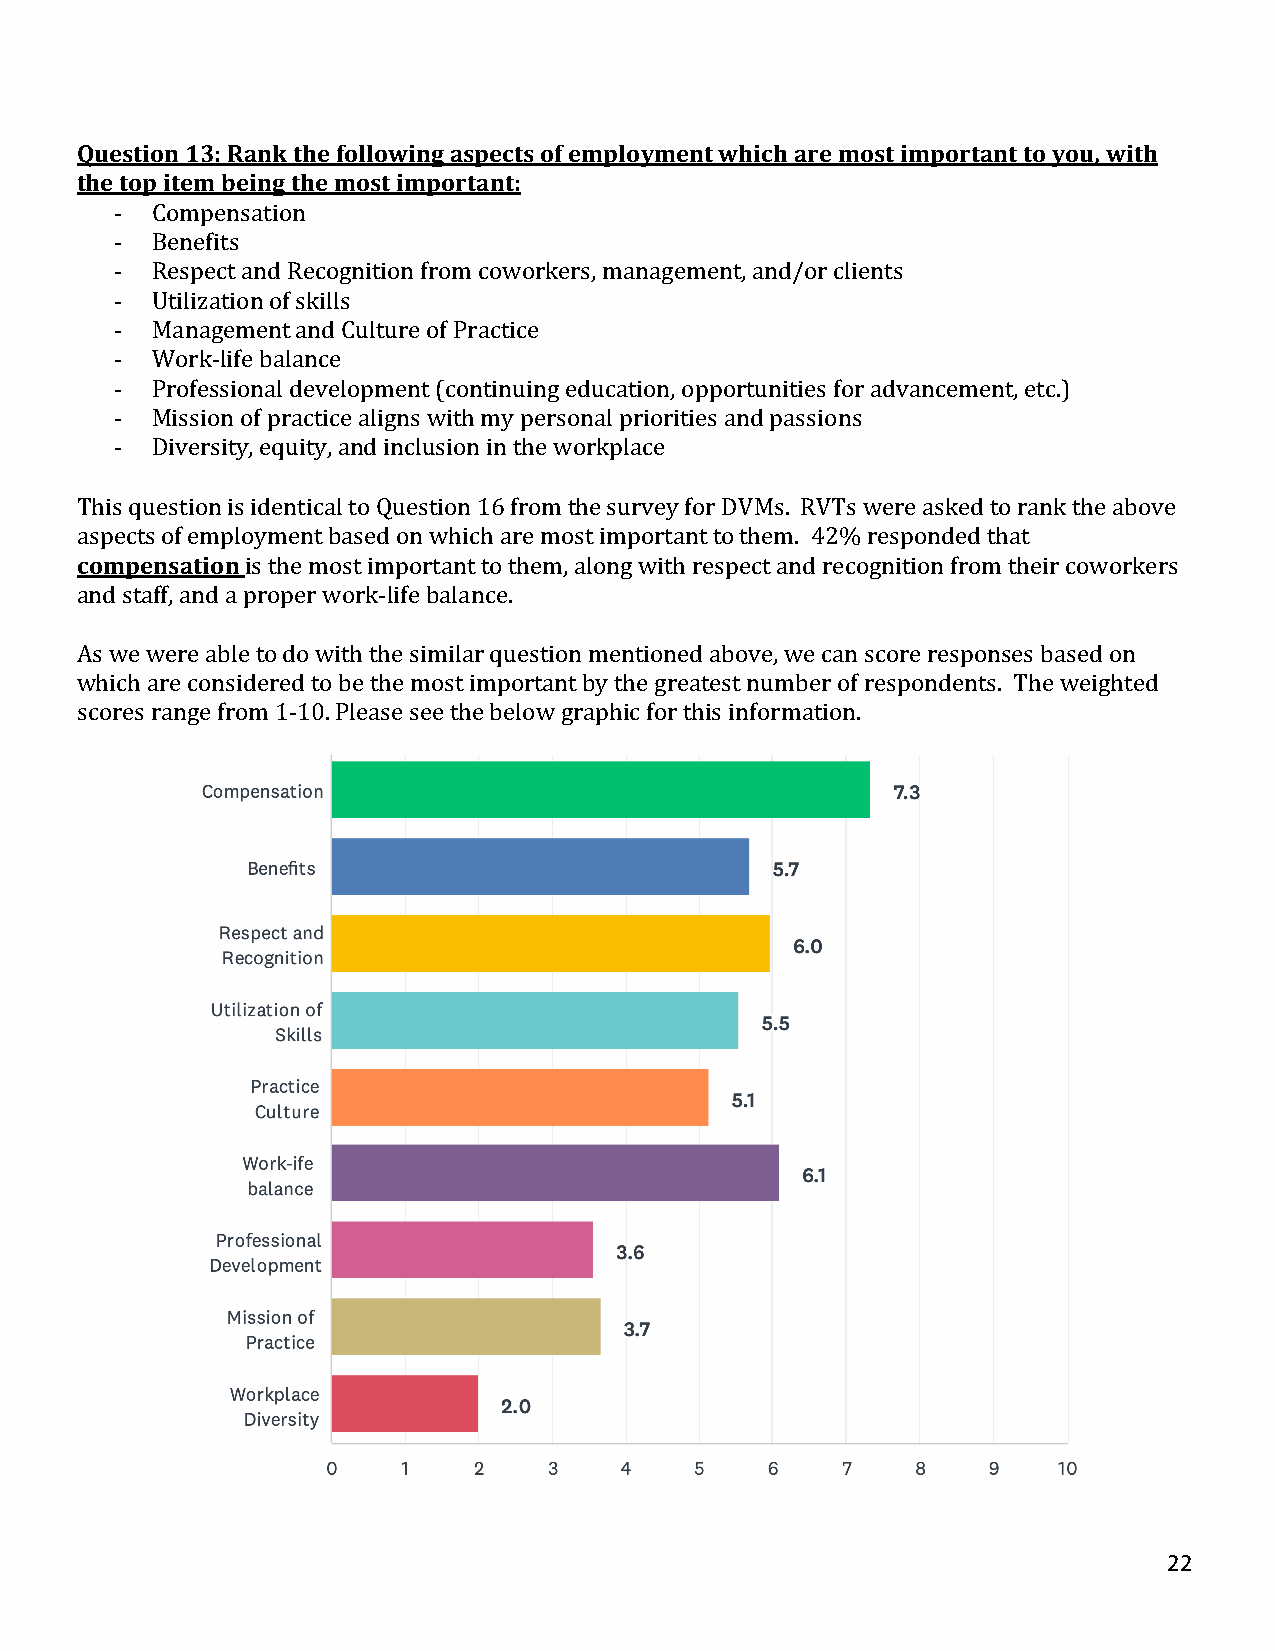
Question 13: Rank the following aspects of employment which are most important to you, with
 the top item being the most important:
 - Compensation
 - Benefits
 - Respect and Recognition from coworkers, management, and/or clients
 - Utilization of skills
 - Management and Culture of Practice
 - Work-life balance
 - Professional development (continuing education, opportunities for advancement, etc.)
 - Mission of practice aligns with my personal priorities and passions
 - Diversity, equity, and inclusion in the workplace
 This question is identical to Question 16 from the survey for DVMs. RVTs were asked to rank the above
 aspects of employment based on which are most important to them. 42% responded that
 compensation is the most important to them, along with respect and recognition from their coworkers
 and staff, and a proper work-life balance.
 As we were able to do with the similar question mentioned above, we can score responses based on
 which are considered to be the most important by the greatest number of respondents. The weighted
 scores range from 1-10. Please see the below graphic for this information.
 22